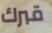
قبرك